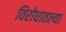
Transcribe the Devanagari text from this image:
विरोधातल्या